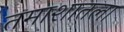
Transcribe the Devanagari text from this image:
तमाशातला